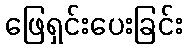
ဖြေရှင်းပေးခြင်း